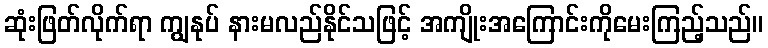
ဆုံးဖြတ်လိုက်ရာ ကျွနုပ် နားမလည်နိုင်သဖြင့် အကျိုးအကြောင်းကိုမေးကြည့်သည်။